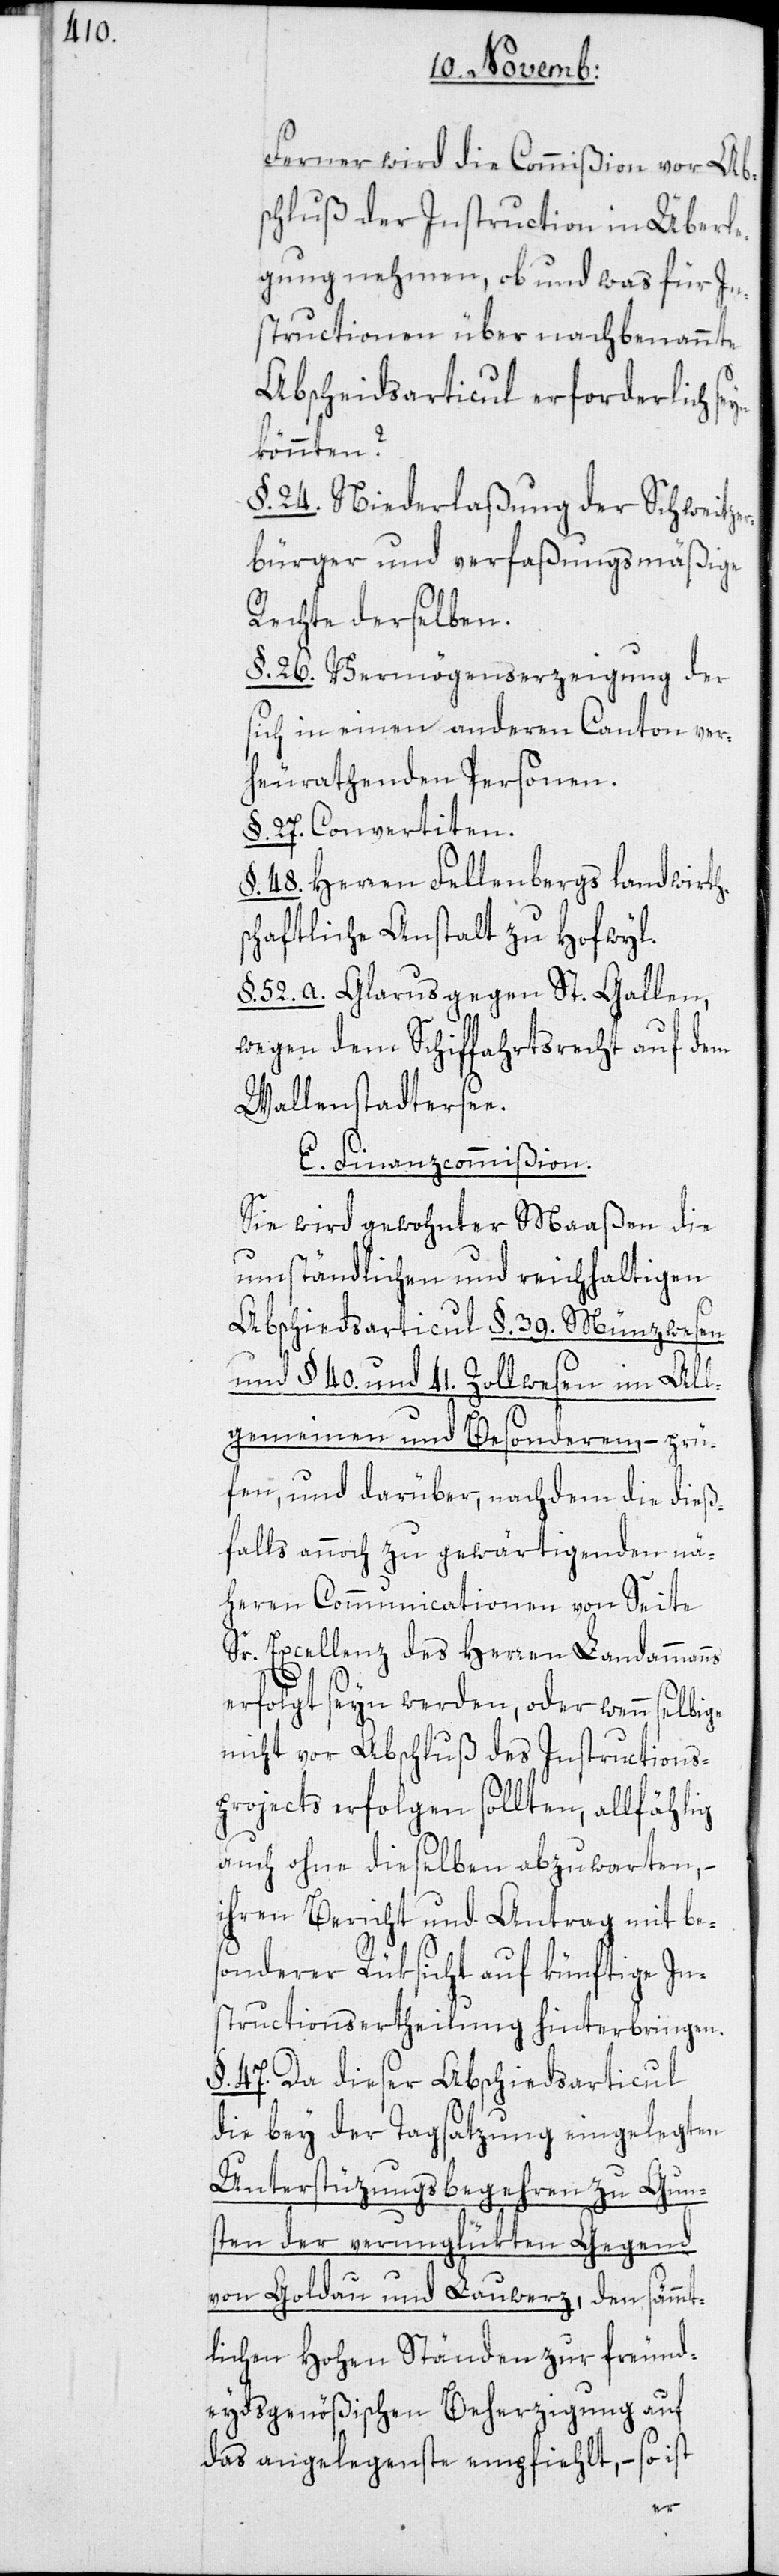
Ferner wird die Commißion vor Ab¬
schluß der Instruction in Überle¬
gung nehmen, ob und was für In¬
structionen über nachbenannte
Abscheidsarticul erforderlich se¬
könnten?
§. 24. Niederlaßung der Schweitze¬
rbürger und verfaßungsmäßige
Rechte derselben.
§ 26. Vermögenserzeigung der
sich in einen anderen Canton ver¬
heurathenden Personen.
§. 27. Convertiten.
§. 48. Herren Fellenbergs landwirth¬
schaftliche Anstalt zu Hofwyl.
§. 52. a. Glarus gegen St. Gallen,
wegen dem Schiffahrtsrecht auf dem
Wallenstadtersee.
E. Finanzcommißion.
Sie wird gewohnter Maaßen die
umständlichen und reichhaltigen
Abschiedsarticul §. 39. Münzwesen
und §. 40 und 41. Zollwesen im All¬
gemeinen und Besonderen, – prü¬
fen und darüber, nachdem die dieß¬
falls annoch zu gewärtigenden nä¬
heren Communicationen von Seite
Sr. Excellenz des Herren Landammanns
erfolgt seyn werden, oder wenn selbi¬
nicht vor Abschluß des Instructions¬
projects erfolgen sollten, allfählig
auch ohne dieselben abzuwarten, –
ihren Bericht und Antrag mit bes¬
onderer Rüksicht auf künftige In¬
structionsertheilung hinterbringen.
§. 47. Da dieser Abschiedsarticul
die bey der Tagsatzung eingelegten
Unterstüzungsbegehren zu Gun¬
sten der verunglükten Gegend
von Goldau und Lauwerz, den sämmt¬
lichen Hohen Ständen zur freund¬
eydsgenößischen Beherzigung auf
das angelegenste empfiehlt, – so ist
ge